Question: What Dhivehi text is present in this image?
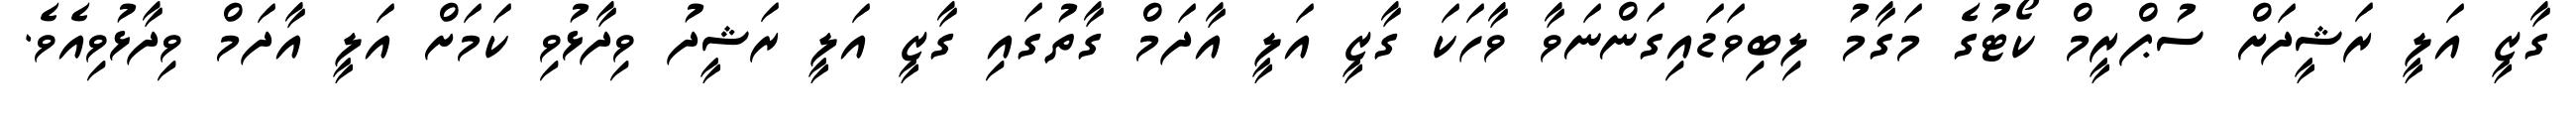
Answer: ގާޒީ އަލީ ރަޝީދަށް ސުޕްރީމް ކޯޓުގެ މަގާމު ލިބިވަޑައިގަންނަވާ ވާހަކަ ގާޒީ އަލީ އާދަމް ގާތުގައި ގާޒީ އަލީ ރަޝީދު ވިދާޅުވި ކަމަށް އަލީ އާދަމް ވިދާޅުވިއެވެ.